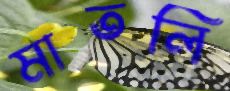
মাতলি